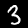
Digit: 3